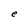
Character: e